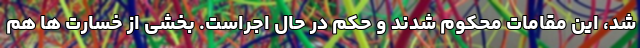
شد، این مقامات محکوم شدند و حکم در حال اجراست. بخشی از خسارت ها هم